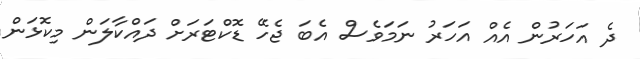
ދެ އަހަރުން އެއް އަހަރު ނަމަވެސް އެބަ ޖެހޭ ޑޮކްޓަރަށް ދައްކާލަން މިކޮޅަން